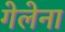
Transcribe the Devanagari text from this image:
गेलेना